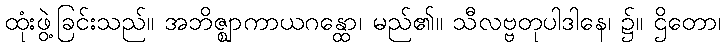
ထုံးဖွဲ့ခြင်းသည်။ အဘိဇ္ဈာကာယဂန္ထော၊ မည်၏။ သီလဗ္ဗတုပါဒါနေ၊ ၌။ ဌိတော၊